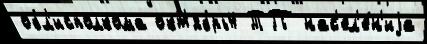
обл'исполкома окт'ябрь4 ТП нас'ел'е́н'иjа